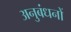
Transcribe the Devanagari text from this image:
अनुबंधनों